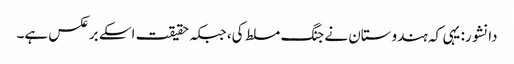
دانشور: یہی کہ ہندوستان نے جنگ مسلط کی، جبکہ حقیقت اسکے برعکس ہے۔